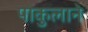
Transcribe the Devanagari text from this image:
पाकुलाने